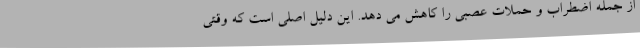
از جمله اضطراب و حملات عصبی را کاهش می دهد. این دلیل اصلی است که وقتی